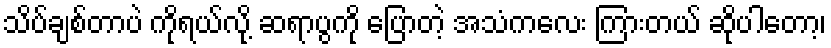
သိပ်ချစ်တာပဲ ကိုရယ်လို့ ဆရာပွကို ပြောတဲ့ အသံကလေး ကြားတယ် ဆိုပါတော့၊